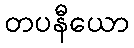
တပနီယော